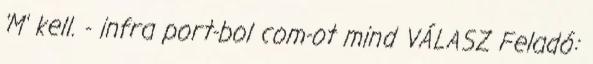
'M' kell. - infra port-bol com-ot mind VÁLASZ Feladó: